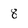
Character: 8